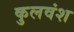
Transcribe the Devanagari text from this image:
कुलवंश